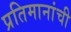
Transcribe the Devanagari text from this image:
प्रतिमानांची